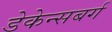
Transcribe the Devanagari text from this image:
डेकेन्सबर्ग